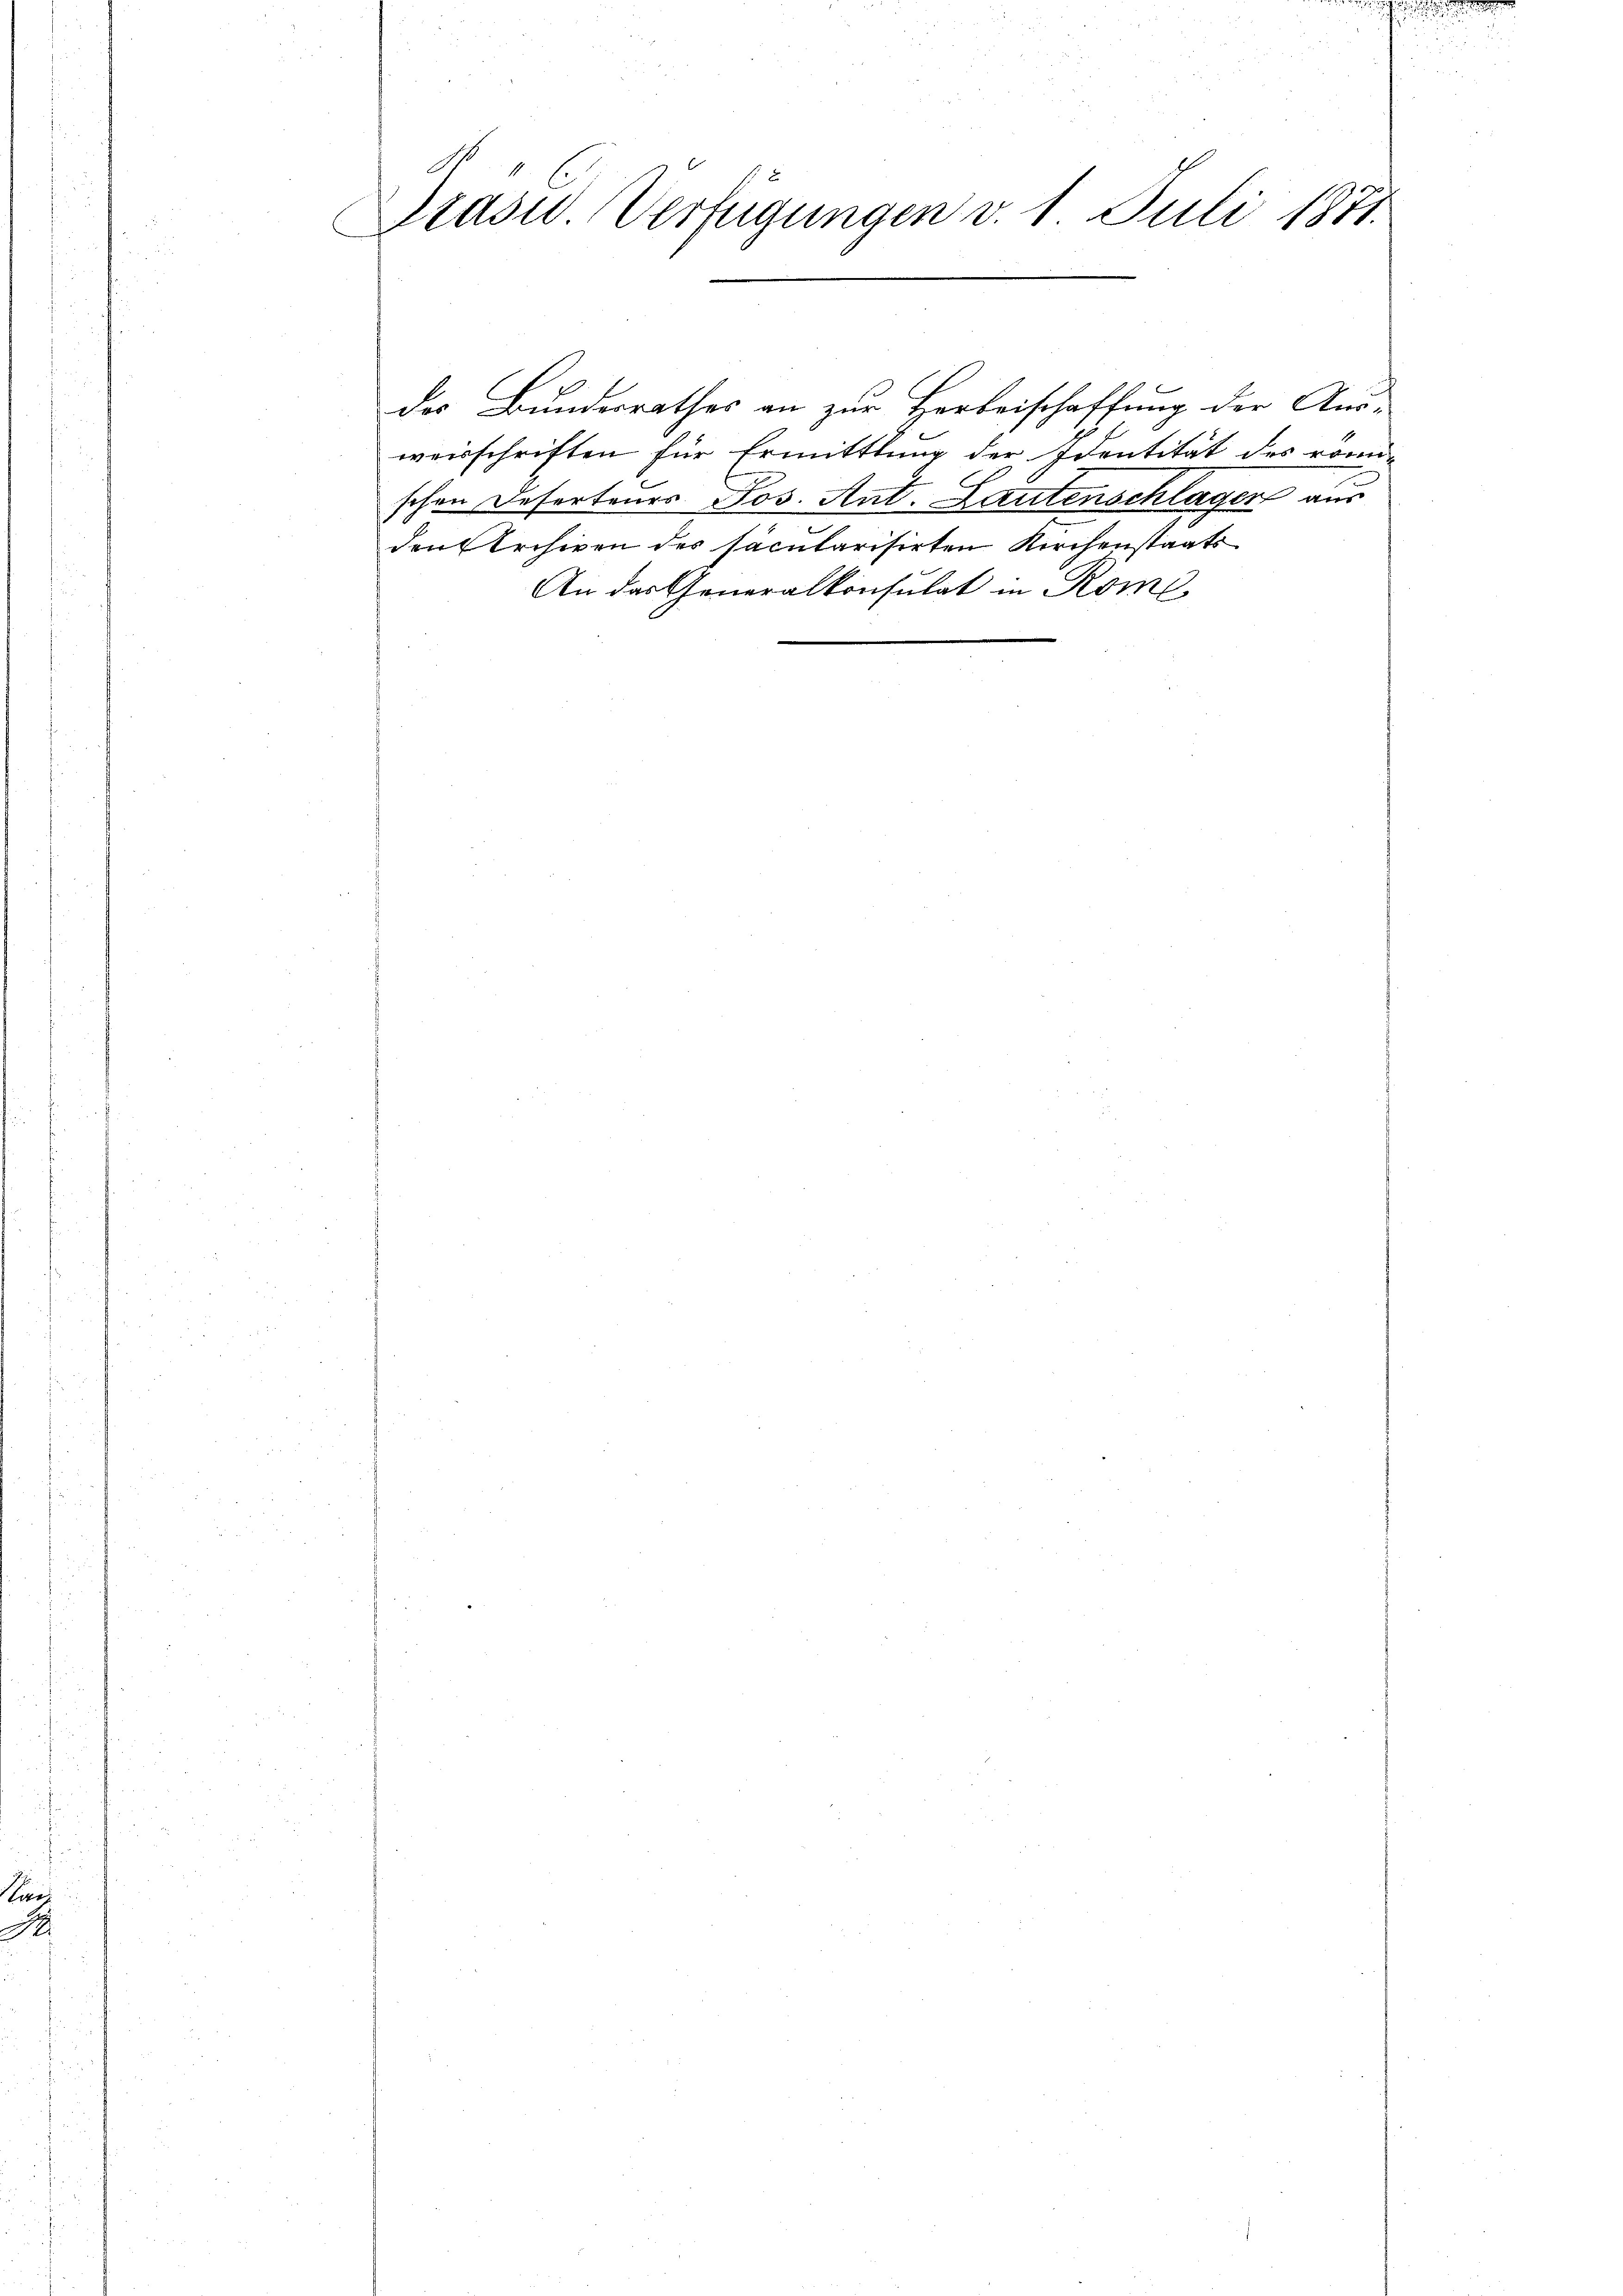
.

Präsid. Verfügungen v. 1. Juli 1871.

der Bundesrathes an zur Herbeischaffung der Aus-
weisschriften für Ermittlung der Identität des römi-
schen Deserteurs Jos. Ant. Lautenschlager aus
den Archiven des säcularisirten Kirchenstaats
An das Generalkonsulat in Rome